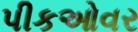
પીકઓવર